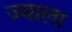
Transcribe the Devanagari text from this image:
ज्‍याला